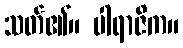
သတ်၏။ ပါရာဇိက။